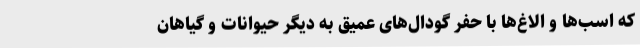
که اسب‌ها و الاغ‌ها با حفر گودال‌های عمیق به دیگر حیوانات و گیاهان